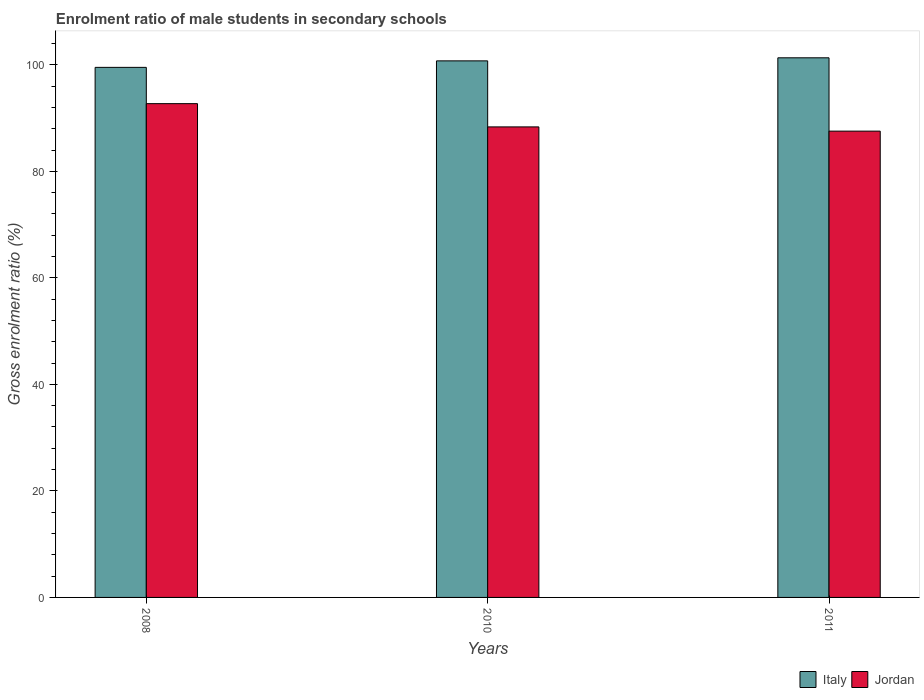
| Years | Italy | Jordan |
 | --- | --- | --- |
 | 2008 | 99.5 | 92.7 |
 | 2010 | 101 | 88.3 |
 | 2011 | 101 | 87.5 |